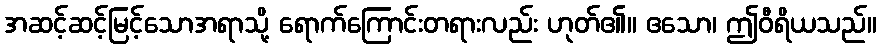
အဆင့်ဆင့်မြင့်သောအရာသို့ ရောက်ကြောင်းတရားလည်း ဟုတ်၏။ ဧသော၊ ဤဝီရိယသည်။